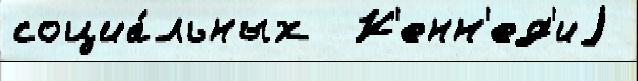
социа́льных  К'енн'ед'иj